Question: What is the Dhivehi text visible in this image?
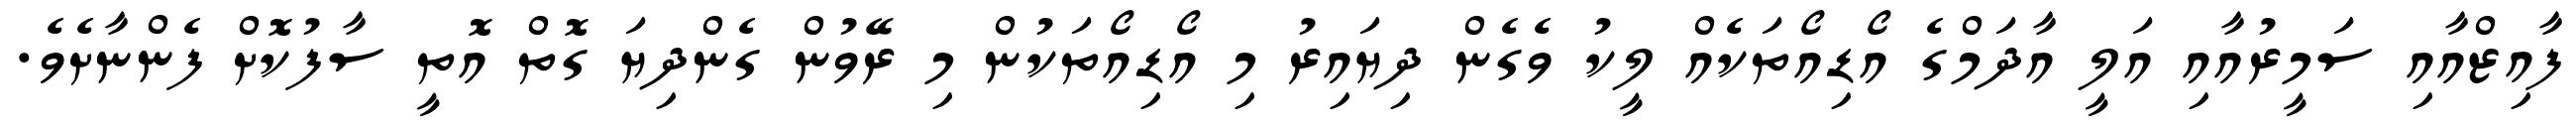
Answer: ފާއިޒްއާއި ސަމީރުއާއި އަލީ އާދަމްގެ އޯޑިއޯތަކެއް ލީކު ވެގެން ދިޔައިރު މި އޯޑިއޯތަކުން މި ރޭވުން ގެންދިޔަ ގޮތް އޮތީ ސާފުކޮށް ފެންނާށެވެ.